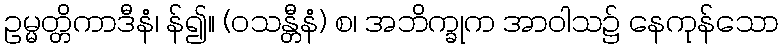
ဥမ္မတ္တိကာဒီနံ၊ န်၍။ (ဝသန္တီနံ) စ၊ အဘိက္ခုက အာဝါသ၌ နေကုန်သော